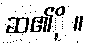
ဆ၏ို ။